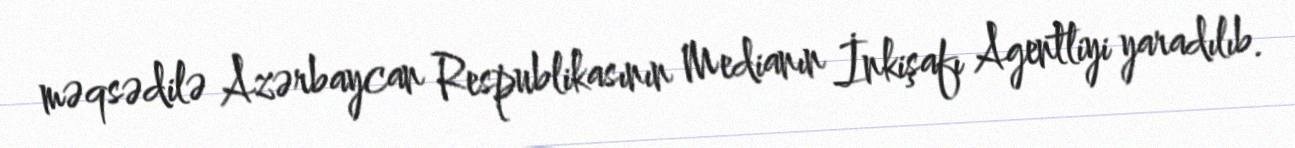
məqsədilə Azərbaycan Respublikasının Medianın İnkişafı Agentliyi yaradılıb.